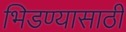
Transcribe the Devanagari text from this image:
भिडण्यासाठी